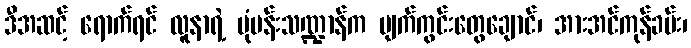
ဒီအဆင့် ရောက်ရင် လူနာရဲ့ ပုံပန်းသဏ္ဍာန်က မျက်ကွင်းတွေချောင်၊ အားအင်ကုန်ခမ်း၊